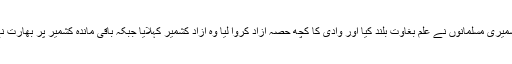
ڈوگرہ حکومت کے خلاف کشمیری مسلمانوں نے علم بغاوت بلند کیا اور وادی کا کچھ حصہ آزاد کروا لیا وہ آزاد کشمیر کہلایا جبکہ باقی ماندہ کشمیر پر بھارت نے اپنا غاصبانہ قبضہ جما لیا۔